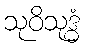
သုဝိသုဒ္ဓံ